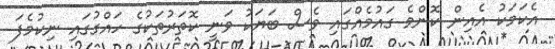
އެކަމަކު އެއިން ކޮންމެ ގައުމެއްގައި ވެސް ބަޔަކު ވަނީ ކޮތަރުތަކުގެ ހައްގުގައި ނިކުމެފަ